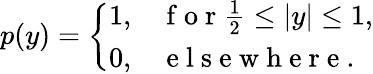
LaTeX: p(y)=\left\{ \begin{array}{ll}{1,}&{\mathrm{~f~o~r~}\frac{1}{2}\leq|y|\leq 1,}\\ {0,}&{\mathrm{~e~l~s~e~w~h~e~r~e~}.}\end{array}\right.